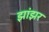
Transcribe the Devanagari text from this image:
झांझर